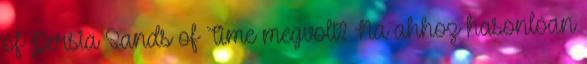
of Persia Sands of Time megvolt? Na ahhoz hasonlóan